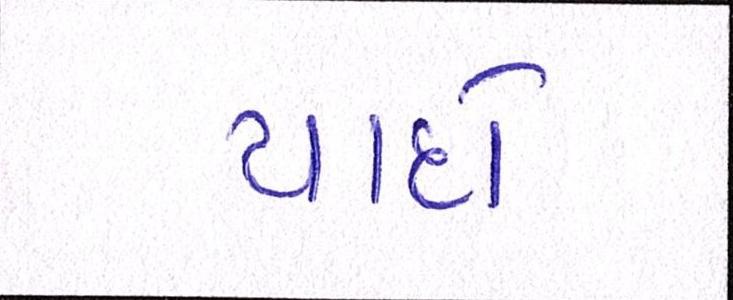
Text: યાદો